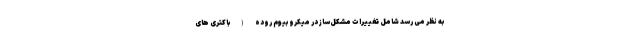
به نظر می رسد شامل تغییرات مشکل‌ساز در میکروبیوم روده (باکتری های